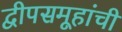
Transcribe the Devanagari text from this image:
द्वीपसमूहांची